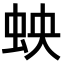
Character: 𫊬